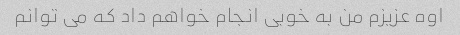
اوه عزیزم من به خوبی انجام خواهم داد که می توانم